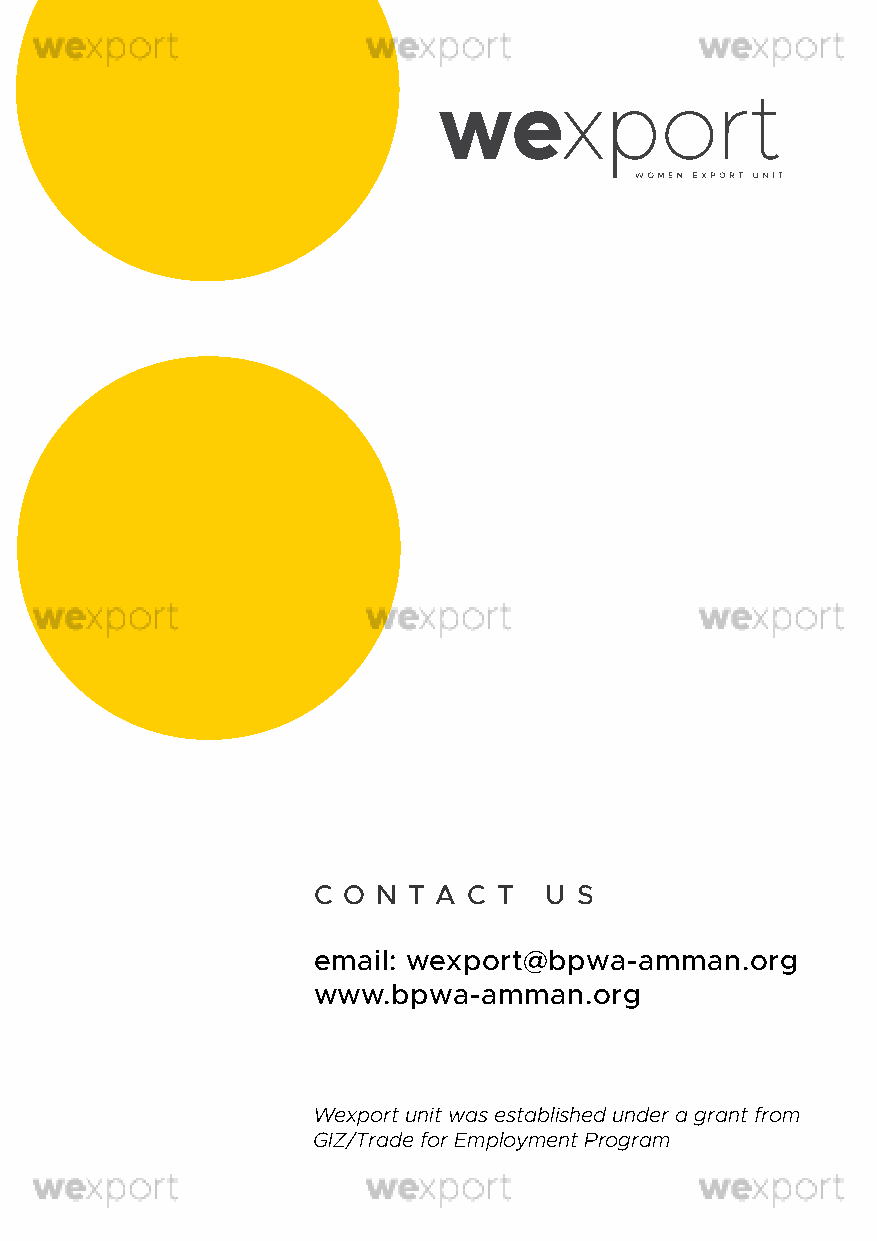
C O N T A C T  U S
 email: wexport@bpwa-amman.org
 www.bpwa-amman.org
 Wexport unit was established under a grant from
 GIZ/Trade for Employment Program